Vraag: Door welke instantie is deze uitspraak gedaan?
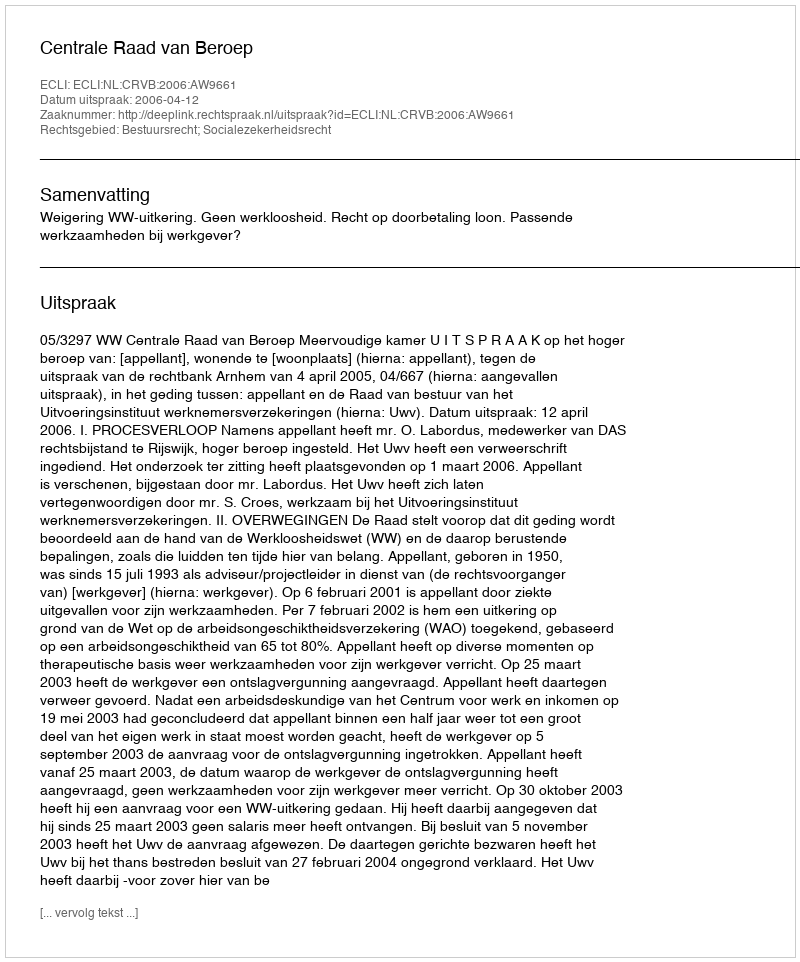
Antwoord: Centrale Raad van Beroep